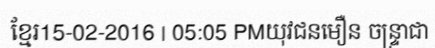
ខ្មែរ15-02-2016 | 05:05 PMយុវជនមឿន ចន្ទ្រាជា